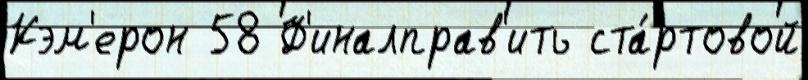
Кэм'ерон 58 Ф'иналправ'ить ста́ртовой